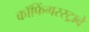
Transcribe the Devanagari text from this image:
कॉफिंगरस्ट्राबे